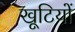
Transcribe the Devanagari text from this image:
खूटियों